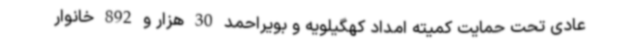
عادی تحت حمایت کمیته امداد کهگیلویه و بویراحمد 30 هزار و 892 خانوار